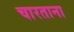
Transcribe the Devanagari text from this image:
चारताना